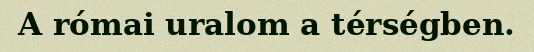
A római uralom a térségben.